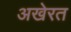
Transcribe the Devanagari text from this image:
अखेरत